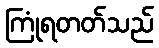
ကြုံရတတ်သည်